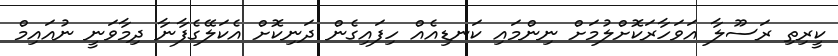
ކީރިތި ރަސޫލާ އަވަހާރަކޮށްލުމަށް ނިންމައި ކަނޑިއެއް ހިފައިގެން ދަނިކޮށް އެކަލޭގެފާނާ ދިމާވަނީ ނުއައިމް